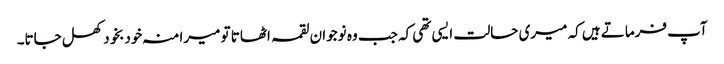
آپ فرماتے ہیں کہ میری حالت ایسی تھی کہ جب وہ نوجوان لقمہ اٹھاتا تو میرا منہ خودبخود کھل جاتا۔